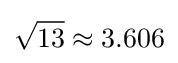
{\sqrt {13}}\approx 3.606